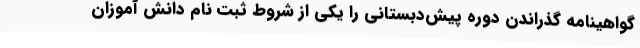
گواهینامه گذراندن دوره پیش‌دبستانی را یکی از شروط ثبت نام دانش آموزان